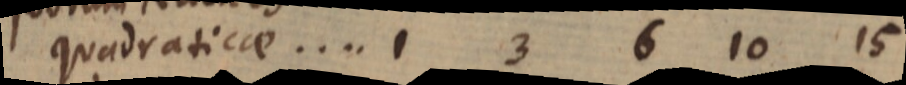
quadraticae....1 3 6 10 15